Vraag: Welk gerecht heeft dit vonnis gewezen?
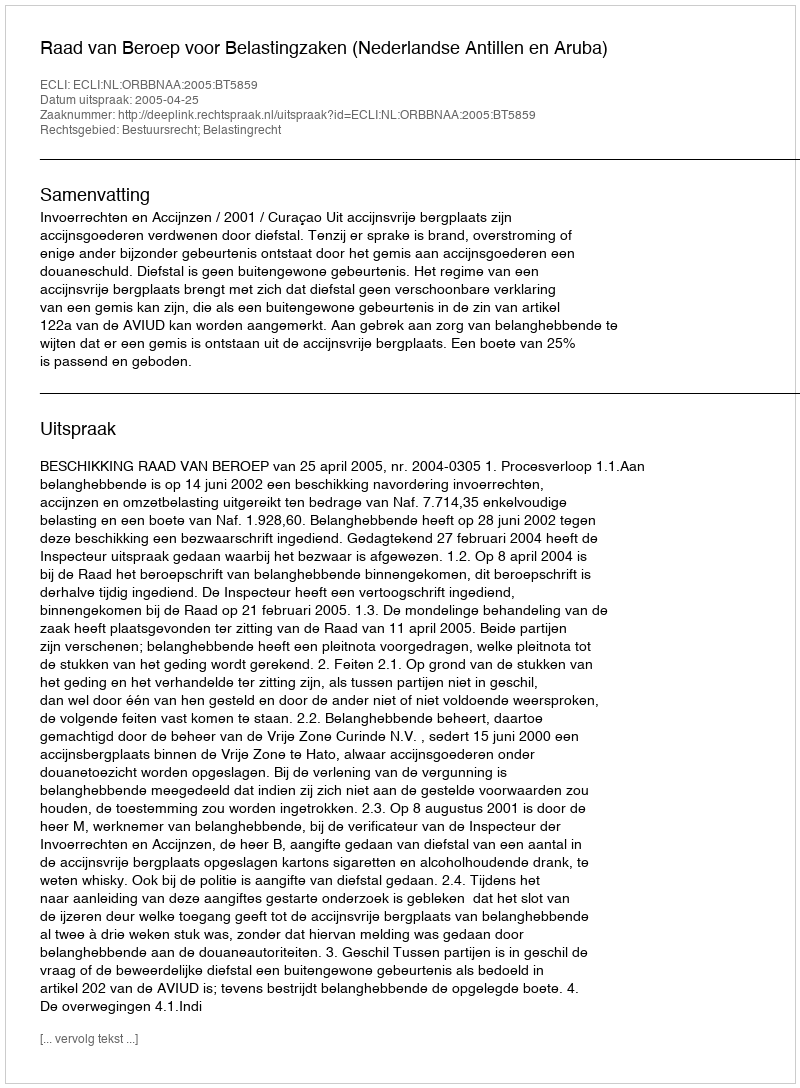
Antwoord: Raad van Beroep voor Belastingzaken (Nederlandse Antillen en Aruba)